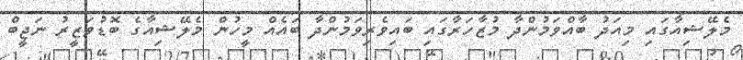
މެލޭޝިއާގައި މިއަދު ބާއްވަމުންދާ މުޒާހަރާގައި ބައިވެރިވަމުންދާ ބައެއް މީހުން މެލޭޝިއާގެ ބޮޑުވަޒީރު ނަޖީބް